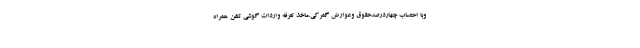
وبا احتساب چهاردرصدحقوق وعوارض گمرکی،ماخذ تعرفه واردات گوشی تلفن همراه